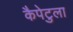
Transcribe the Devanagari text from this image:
कैपेटुला